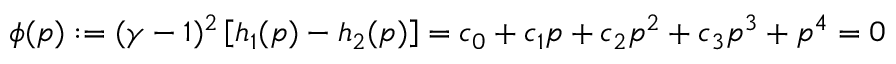
\phi ( p ) : = ( \gamma - 1 ) ^ { 2 } \left[ h _ { 1 } ( p ) - h _ { 2 } ( p ) \right] = c _ { 0 } + c _ { 1 } p + c _ { 2 } p ^ { 2 } + c _ { 3 } p ^ { 3 } + p ^ { 4 } = 0